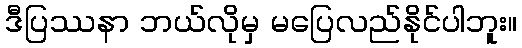
ဒီပြဿနာ ဘယ်လိုမှ မပြေလည်နိုင်ပါဘူး။